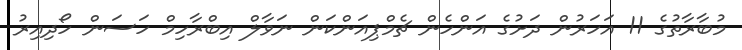
މުބާރާތުގެ 11 އަހަރުން ދަށުގެ އަންހެން ޗެމްޕިއަންކަން ނަވާލް އިބްރާހިމް ހަސަން ހޯދިއިރު